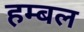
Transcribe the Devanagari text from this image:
हम्बल